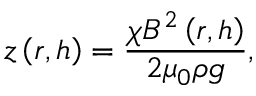
z \left( r , h \right) = \frac { \chi B ^ { 2 } \left( r , h \right) } { 2 \mu _ { 0 } \rho g } ,